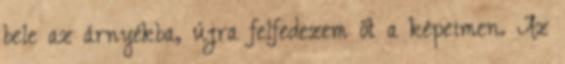
bele az árnyékba, újra felfedezem őt a képeimen. Az